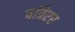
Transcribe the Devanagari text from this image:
चत्रिएर